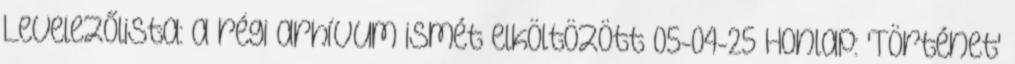
Levelezőlista: a régi arhívum ismét elköltözött 05-04-25 Honlap: 'Történet'